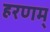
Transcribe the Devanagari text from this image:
हरणम्